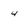
Character: 4